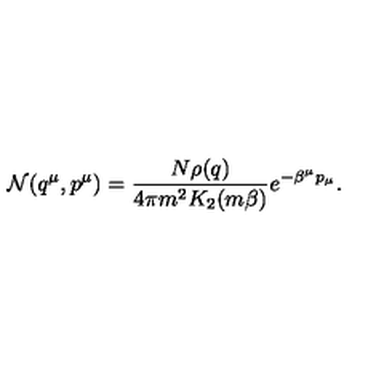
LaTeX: { \cal N } ( q ^ { \mu } , p ^ { \mu } ) = { \frac { N \rho ( q ) } { 4 \pi m ^ { 2 } K _ { 2 } ( m \beta ) } } e ^ { - \beta ^ { \mu } p _ { \mu } } .